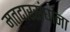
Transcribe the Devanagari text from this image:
मतदारसंघांना